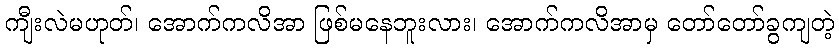
ကျီးလဲမဟုတ်၊ အောက်ကလိအာ ဖြစ်မနေဘူးလား၊ အောက်ကလိအာမှ တော်တော်ခွကျတဲ့